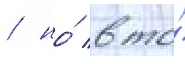
/ но́ в то́